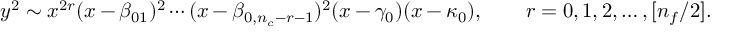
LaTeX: y ^ { 2 } \sim x ^ { 2 r } ( x - \beta _ { 0 1 } ) ^ { 2 } \cdots ( x - \beta _ { 0 , n _ { c } - r - 1 } ) ^ { 2 } ( x - \gamma _ { 0 } ) ( x - \kappa _ { 0 } ) , \qquad r = 0 , 1 , 2 , \ldots , [ n _ { f } / 2 ] .